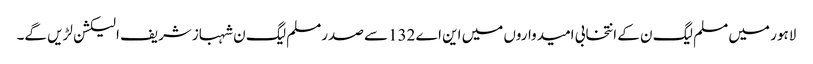
لاہور میں مسلم لیگ ن کے انتخابی امیدواروں میں این اے 132سے صدرمسلم لیگ ن شہبازشریف الیکشن لڑیں گے۔